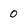
Character: 0